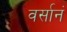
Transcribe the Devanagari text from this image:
वर्सानं